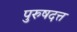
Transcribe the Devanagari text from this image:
पुरुषदत्त